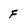
Character: f